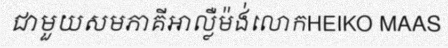
ជាមួយសមភាគីអាល្លឺម៉ង់លោកHEIKO MAAS